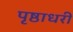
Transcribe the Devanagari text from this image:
पृष्ठाधरी